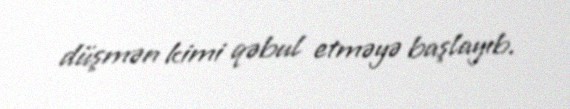
düşmən kimi qəbul etməyə başlayıb.